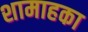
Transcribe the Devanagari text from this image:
शामाहका